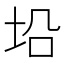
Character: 𪣈